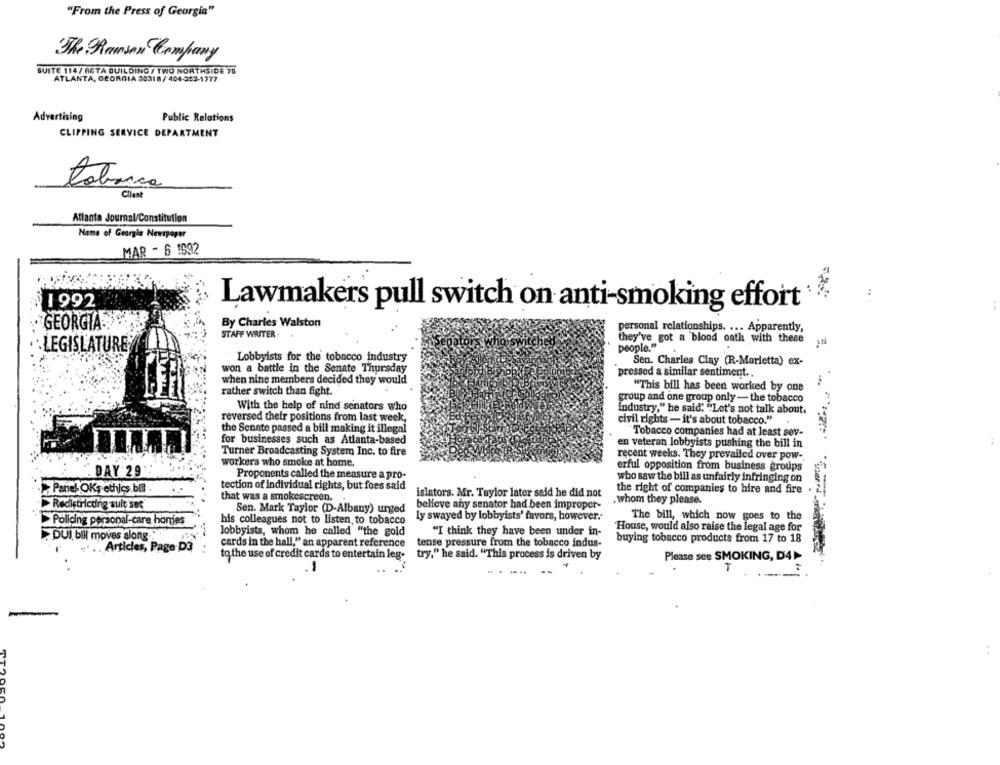
"From the Press of Georgia"
The Ranson Company
SUITE 114/ ACTA BUILDING / TWO NORTHSIDE 76
ATLANTA, GEORGIA 30318/ 404-352-1777
Advertising
Public Relations
CLIPPING SERVICE DEPARTMENT
tabanca
Clant
Atlanta Journal/Constitution
Name of Georgia Newspaper
MAR - 6 1992
81992
Lawmakers pull switch on anti-smoking effort
. GEORGIA
By Charles Walston
personal relationships. ... Apparently,
STAFF WRITER -
they've got a blood oath with these
LEGISLATURE
people.""
Lobbyists for the tobacco industry
won a battle in the Senate Thursday
Sen. Charles Clay (R-Marletta) ex-
pressed a similar sentiment ..
when nine members decided they would
rather switch than fight.
"This bill has been worked by one
group and one group only - the tobacco
With the help of nind senators who
industry," he said: "Let's not talk about.
reversed their positions from last week,
civil rights- it's about tobacco."
the Senate passed a bill making it illegal
Tobacco companies had at least sev-
for businesses such as Atlanta-based
en veteran lobbyists pushing the bill in
Turner Broadcasting System Inc. to fire
recent weeks. They prevailed over pow -,
workers who smoke at home.
erful opposition from business groups
DAY 29
Proponents called the measure a pro-
who saw the bill as unfairly infringing on
Panel OKs ethics bil .
tection of Individual rights, but foes said
the right of companies to hire and fire
that was a smokescreen.
islators. Mr. Taylor later said he did not
Redistricting sult sex
believe any senator had been improper-
. whom they please.
Sen. Mark Taylor (D-Albany) urged
his colleagues not to listen to tobacco
ly swayed by lobbyists' favors, however.
The bill, which now goes to the
>Policing personal-care honies
House, would also raise the legal age for
lobbyists, whom he called "the gold
"I think they have been under in-
. DUI, bill moves along.
cards in the hall," an apparent reference
tense pressure from the tobacco indus-
buying tobacco products from 17 to 18
.... Articles, Page D3
to the use of credit cards to entertain leg-
try," he said. "This process is driven by
Please see SMOKING, D41
-
GO